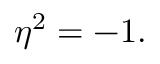
\eta ^ { 2 } = - 1 .